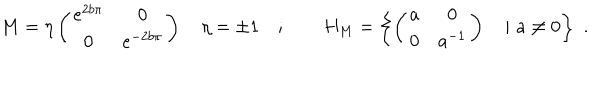
LaTeX: M = \eta \left( \begin{array} { c c } { { e ^ { 2 b \pi } } } & { { 0 } } \\ { { 0 } } & { { e ^ { - 2 b \pi } } } \\ \end{array} \right) \quad \eta = \pm 1 \quad ; \qquad H _ { M } = \left\{ \left( \begin{array} { c c } { { a } } & { { 0 } } \\ { { 0 } } & { { a ^ { - 1 } } } \\ \end{array} \right) \quad \vert \, \, a \neq 0 \right\} \, \, .